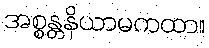
အစ္စန္တနိယာမကထာ။